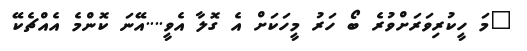
"މަ ހީކުރިވަރަށްވުރެ ބޯ ހަރު މީހަކަށް އެ ގޮލާ އެވީ....އޭނަ ކޮންމެ އެއްޗެކޭ